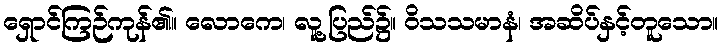
ရှောင်ကြဉ်ကုန်၏။ လောကေ၊ လူ့ပြည်၌။ ဝိသသမာနံ၊ အဆိပ်နှင့်တူသော။